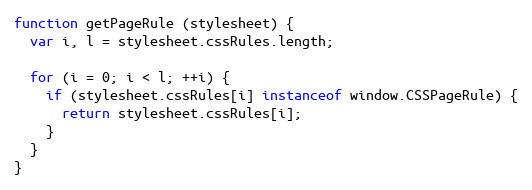
Language: JavaScript
function getPageRule (stylesheet) {
  var i, l = stylesheet.cssRules.length;

  for (i = 0; i < l; ++i) {
    if (stylesheet.cssRules[i] instanceof window.CSSPageRule) {
      return stylesheet.cssRules[i];
    }
  }
}